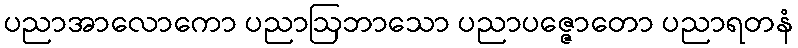
ပညာအာလောကော ပညာဩဘာသော ပညာပဇ္ဇောတော ပညာရတနံ